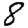
Digit: 8